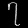
Digit: ၇